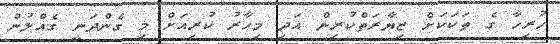
ހުރިހާ ގެ ތަކަކަށް ޒިޔާރަތްކުރިން އަދި މިހާރު ކުރިއަށް މި ގެންދަނީ ގެއްލުން